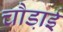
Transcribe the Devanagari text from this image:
चौडा़ई